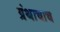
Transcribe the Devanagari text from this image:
ग्रंथाचाच